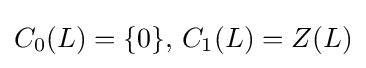
C_{0}(L)=\{0\},\,C_{1}(L)=Z(L)